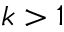
k > 1